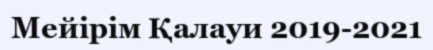
Мейірім Қалауи 2019-2021